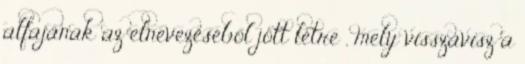
alfajának az elnevezéséből jött létre , mely visszavisz a